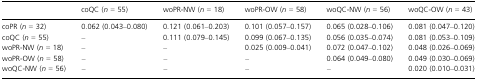
<table><thead><tr><td></td><td><b>coQC (<i>n</i> = 55)</b></td><td><b>woPR-NW (<i>n</i> = 18)</b></td><td><b>woPR-OW (<i>n</i> = 58)</b></td><td><b>woQC-NW (<i>n</i> = 56)</b></td><td><b>woQC-OW (<i>n</i> = 43)</b></td></tr></thead><tbody><tr><td>coPR (<i>n</i> = 32)</td><td>0.062 (0.043–0.080)</td><td>0.121 (0.061–0.203)</td><td>0.101 (0.057–0.157)</td><td>0.065 (0.028–0.106)</td><td>0.081 (0.047–0.120)</td></tr><tr><td>coQC (<i>n</i> = 55)</td><td>–</td><td>0.111 (0.079–0.145)</td><td>0.099 (0.067–0.135)</td><td>0.056 (0.035–0.074)</td><td>0.081 (0.053–0.109)</td></tr><tr><td>woPR-NW (<i>n</i> = 18)</td><td>–</td><td>–</td><td>0.025 (0.009–0.041)</td><td>0.072 (0.047–0.102)</td><td>0.048 (0.026–0.069)</td></tr><tr><td>woPR-OW (<i>n</i> = 58)</td><td>–</td><td>–</td><td>–</td><td>0.064 (0.049–0.080)</td><td>0.049 (0.030–0.069)</td></tr><tr><td>woQC-NW (<i>n</i> = 56)</td><td>–</td><td>–</td><td>–</td><td>–</td><td>0.020 (0.010–0.031)</td></tr></tbody></table>